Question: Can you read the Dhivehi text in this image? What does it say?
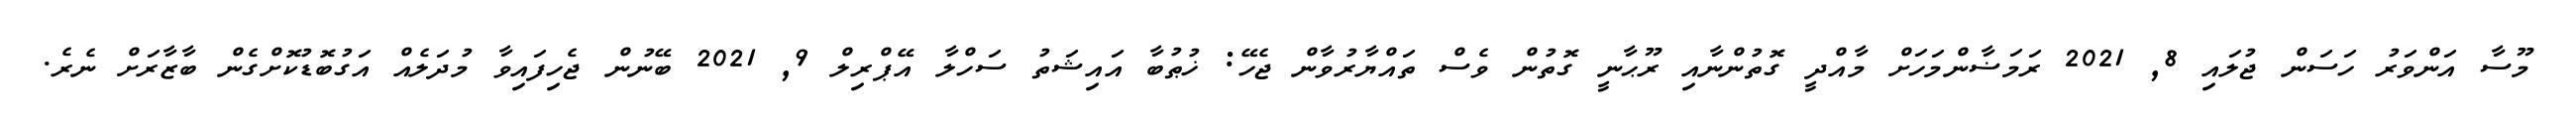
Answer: މޫސާ އަންވަރު ހަސަން ޖުލައި 8, 2021 ރަމަޟާންމަހަށް މާއްދީ ގޮތުންނާއި ރޫޙާނީ ގޮތުން ވެސް ތައްޔާރުވާން ޖެހޭ: ޚުޠުބާ އައިޝަތު ސަހްލާ އޭޕްރިލް 9, 2021 ބޭނުން ޖެހިފައިވާ މުދަލެއް އަގުބޮޑުކޮށްގެން ބާޒާރަށް ނެރެ.